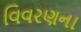
વિવરણના